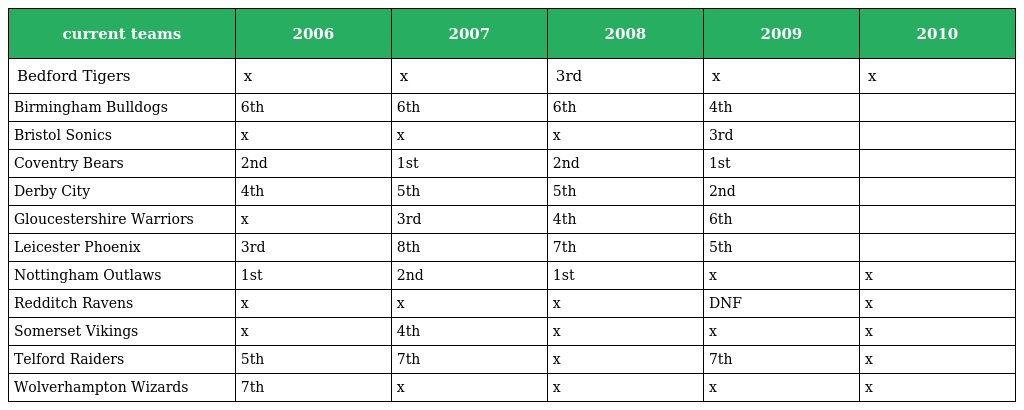
| current teams | 2006 | 2007 | 2008 | 2009 | 2010 |
 | --- | --- | --- | --- | --- | --- |
 | Bedford Tigers | x | x | 3rd | x | x |
 | Birmingham Bulldogs | 6th | 6th | 6th | 4th |  |
 | Bristol Sonics | x | x | x | 3rd |  |
 | Coventry Bears | 2nd | 1st | 2nd | 1st |  |
 | Derby City | 4th | 5th | 5th | 2nd |  |
 | Gloucestershire Warriors | x | 3rd | 4th | 6th |  |
 | Leicester Phoenix | 3rd | 8th | 7th | 5th |  |
 | Nottingham Outlaws | 1st | 2nd | 1st | x | x |
 | Redditch Ravens | x | x | x | DNF | x |
 | Somerset Vikings | x | 4th | x | x | x |
 | Telford Raiders | 5th | 7th | x | 7th | x |
 | Wolverhampton Wizards | 7th | x | x | x | x |